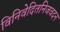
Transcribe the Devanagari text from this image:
विनिवेदितनिजवदन